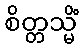
စိတ္တသ္မိံ